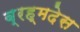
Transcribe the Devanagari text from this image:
ब्रह्मदेस